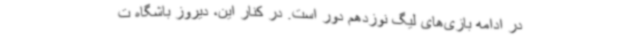
در ادامه بازی‌های لیگ نوزدهم دور است. در کنار این، دیروز باشگاه ت